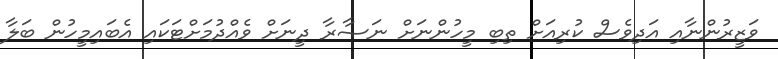
ވަޒީރުންނާއި އަދިވެސް ކުރިއަށް ތިބި މީހުންނަށް ނަޞާރާ ދީނަށް ވެއްދުމަށްޓަކައި އެބައިމީހުން ބަލާ